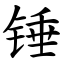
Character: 锤